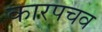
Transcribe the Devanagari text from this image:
कारपचव